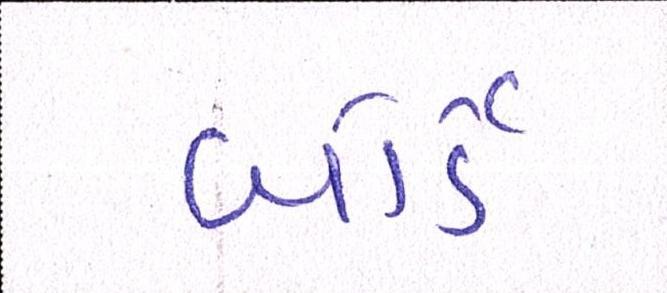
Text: બોર્ડે